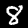
Digit: 8